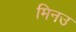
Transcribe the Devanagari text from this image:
मिनउ